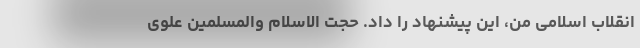
انقلاب اسلامی من، این پیشنهاد را داد. حجت الاسلام والمسلمین علوی